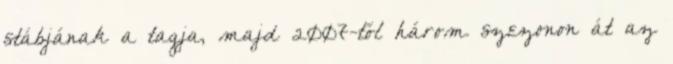
stábjának a tagja, majd 2007-től három szezonon át az